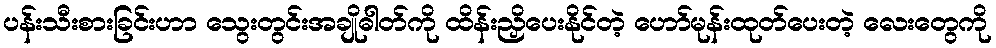
ပန်းသီးစားခြင်းဟာ သွေးတွင်းအချိုဓါတ်ကို ထိန်းညှိပေးနိုင်တဲ့ ဟော်မုန်းထုတ်ပေးတဲ့ လေးတွေကို